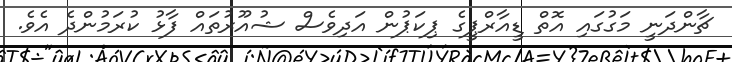
ޗާންދަނީ މަގުގައި އޮތް ޑީއާރްޕީގެ ޕިކަޕުން އަދިވެސް ޝުއޫރުތައް ފާޅު ކުރަމުންދެ އެވެ.